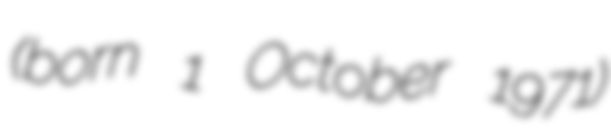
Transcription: (born 1 October 1971)